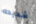
شديده